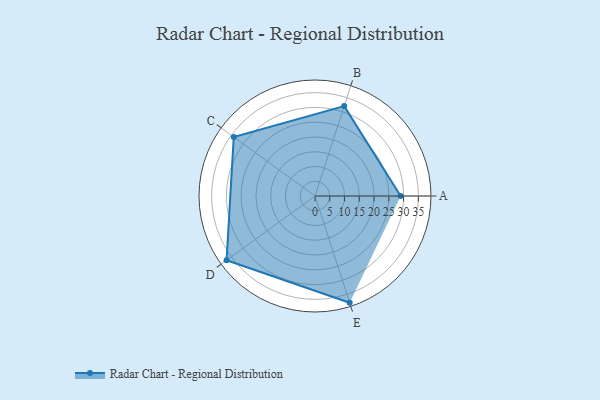
{"axis": {"x": "Skill", "y": "Score"}, "legend": ["Profile"], "data": [{"x": "A", "y": 29.0, "type": "Profile"}, {"x": "B", "y": 32.0, "type": "Profile"}, {"x": "C", "y": 34.0, "type": "Profile"}, {"x": "D", "y": 37.0, "type": "Profile"}, {"x": "E", "y": 38.0, "type": "Profile"}]}